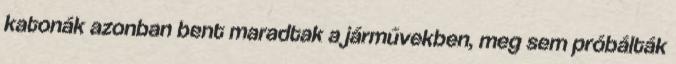
katonák azonban bent maradtak a járművekben, meg sem próbálták